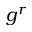
g ^ { r }